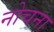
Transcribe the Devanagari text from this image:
नोचना